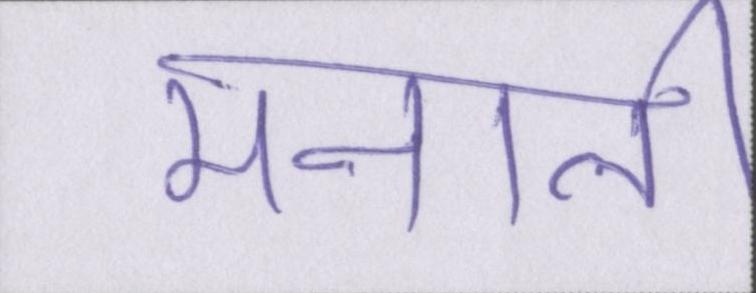
मनाली